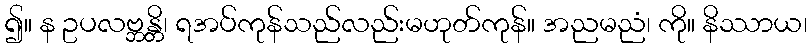
၍။ န ဥပလဗ္ဘန္တိ၊ ရအပ်ကုန်သည်လည်းမဟုတ်ကုန်။ အညမညံ၊ ကို။ နိဿာယ၊